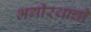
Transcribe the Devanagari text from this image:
भगीरथाची